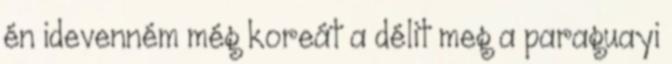
én idevenném még koreát a délit meg a paraguayi